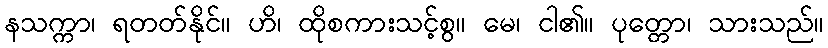
နသက္ကာ၊ ရတတ်နိုင်။ ဟိ၊ ထိုစကားသင့်စွ။ မေ၊ ငါ၏။ ပုတ္တော၊ သားသည်။